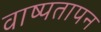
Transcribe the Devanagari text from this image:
वाष्पतापन